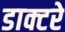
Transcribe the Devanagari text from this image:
डाक्टरे